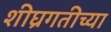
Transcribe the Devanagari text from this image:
शीघ्रगतीच्या